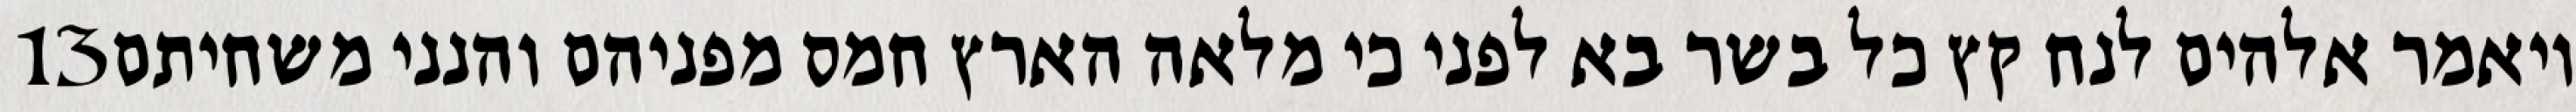
‎13‏ ויאמר אלהים לנח קץ כל בשר בא לפני כי מלאה הארץ חמס מפניהם והנני משחיתם